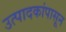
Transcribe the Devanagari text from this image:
उत्पादकांपासून